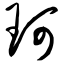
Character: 珂